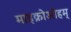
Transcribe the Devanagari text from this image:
माइक्रोओहम्‌